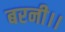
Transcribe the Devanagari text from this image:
बरनी।।